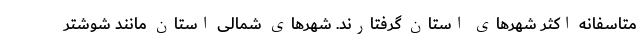
متاسفانه اکثر شهرهای استان گرفتارند. شهرهای شمالی استان مانند شوشتر